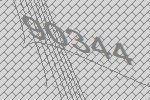
90344